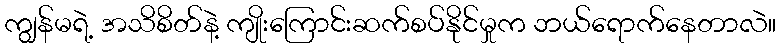
ကျွန်မရဲ့ အသိစိတ်နဲ့ ကျိုးကြောင်းဆက်စပ်နိုင်မှုက ဘယ်ရောက်နေတာလဲ။